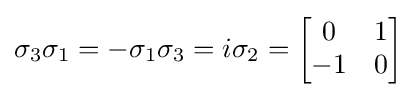
\sigma _{3}\sigma _{1}=-\sigma _{1}\sigma _{3}=i\sigma _{2}={\begin{bmatrix}0&1\\-1&0\end{bmatrix}}